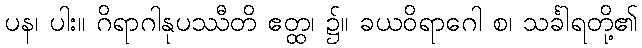
ပန၊ ပါး။ ဂိရာဂါနုပဿီတိ ဧတ္ထ၊ ၌။ ခယဝိရာဂေါ စ၊ သင်္ခါရတို့၏